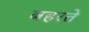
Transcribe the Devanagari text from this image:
बहरते